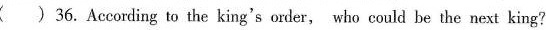
() 36.According to the king's order, who could be the next king?